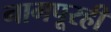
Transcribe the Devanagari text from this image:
नागपूरही